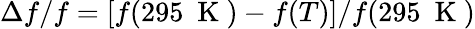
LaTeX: \Delta f/f=\left[f(295~\mathrm{~K~})-f(T)\right]/f(295~\mathrm{~K~})